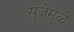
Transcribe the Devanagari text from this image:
सुजेमुळे